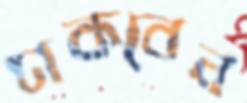
ঢাকবেন